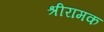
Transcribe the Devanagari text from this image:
श्रीरामक